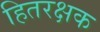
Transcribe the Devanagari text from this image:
हितरक्षक